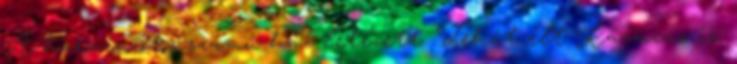
A harmincötös számú ház létezett. Tehát élt Kázmenc is.